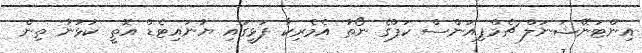
އިންޓަނޭޝަނަލް ޗެމްޕިއަންސް ކަޕްގެ ނޯތު އެމެރިކާ ފަޅީގައި ޔުނައިޓެޑް އޮތީ ކުޅުނު ތިން